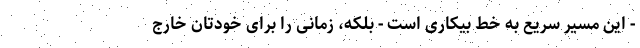
- این مسیر سریع به خط بیکاری است - بلکه، زمانی را برای خودتان خارج